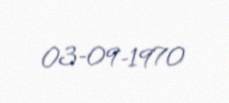
03-09-1970